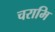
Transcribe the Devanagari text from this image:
चरामि